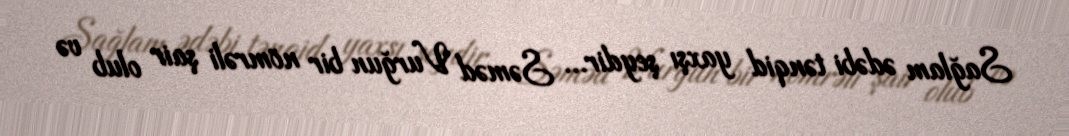
Sağlam ədəbi tənqid yaxşı şeydir... Səməd Vurğun bir nömrəli şair olub və